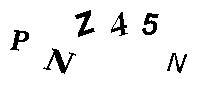
PNZ45N